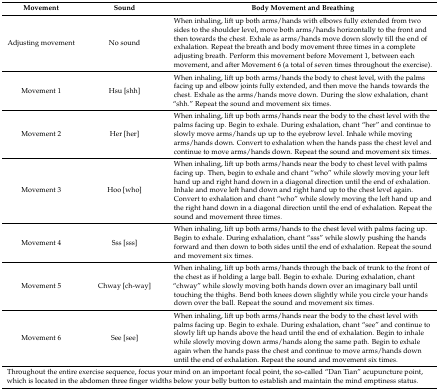
| Movement | Sound | Body Movement and Breathing |
 | --- | --- | --- |
 | Adjusting movement | No sound | When inhaling, lift up both arms/hands with elbows fully extended from two sides to the shoulder level, move both arms/hands horizontally to the front and then towards the chest. Exhale as arms/hands move down slowly till the end of exhalation. Repeat the breath and body movement three times in a complete adjusting breath. Perform this movement before Movement 1, between each movement, and after Movement 6 (a total of seven times throughout the exercise). |
 | Movement 1 | Hsu [shh] | When inhaling, lift up both arms/hands the body to chest level, with the palms facing up and elbow joints fully extended, and then move the hands towards the chest. Exhale as the arms/hands move down. During the slow exhalation, chant “shh.” Repeat the sound and movement six times. |
 | Movement 2 | Her [her] | When inhaling, lift up both arms/hands near the body to the chest level with the palms facing up. Begin to exhale. During exhalation, chant “her” and continue to slowly move arms/hands up up to the eyebrow level. Inhale while moving arms/hands down. Convert to exhalation when the hands pass the chest level and continue to move arms/hands down. Repeat the sound and movement six times. |
 | Movement 3 | Hoo [who] | When inhaling, lift up both arms/hands near the body to chest level with palms facing up. Then, begin to exhale and chant “who” while slowly moving your left hand up and right hand down in a diagonal direction until the end of exhalation. Inhale and move left hand down and right hand up to the chest level again. Convert to exhalation and chant “who” while slowly moving the left hand up and the right hand down in a diagonal direction until the end of exhalation. Repeat the sound and movement three times. |
 | Movement 4 | Sss [sss] | When inhaling, lift up both arms/hands to the chest level with palms facing up. Begin to exhale. During exhalation, chant “sss” while slowly pushing the hands forward and then down to both sides until the end of exhalation. Repeat the sound and movement six times. |
 | Movement 5 | Chway [ch-way] | When inhaling, lift up both arms/hands through the back of trunk to the front of the chest as if holding a large ball. Begin to exhale. During exhalation, chant “chway” while slowly moving both hands down over an imaginary ball until touching the thighs. Bend both knees down slightly while you circle your hands down over the ball. Repeat the sound and movement six times. |
 | Movement 6 | See [see] | When inhaling, lift up both arms/hands near the body to the chest level with palms facing up. Begin to exhale. During exhalation, chant “see” and continue to slowly lift up hands above the head until the end of exhalation. Begin to inhale while slowly moving down arms/hands along the same path. Begin to exhale again when the hands pass the chest and continue to move arms/hands down until the end of exhalation. Repeat the sound and movement six times. |
 | <COLSPAN=3> Throughout the entire exercise sequence, focus your mind on an important focal point, the so-called “Dan Tian” acupuncture point, which is located in the abdomen three finger widths below your belly button to establish and maintain the mind emptiness status. |